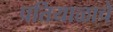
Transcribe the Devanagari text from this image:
पतियाळाचे